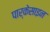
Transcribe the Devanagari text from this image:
पार्केसाइन